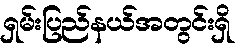
ရှမ်းပြည်နယ်အတွင်းရှိ